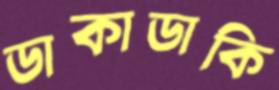
ডাকাডাকি